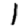
Digit: 1